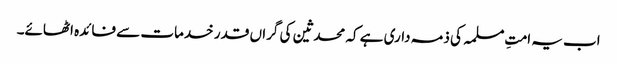
اب یہ امتِ مسلمہ کی ذمہ داری ہے کہ محدثین کی گراں قدر خدمات سے فائدہ اٹھائے۔